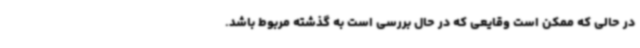
در حالی که ممکن است وقایعی که در حال بررسی است به گذشته مربوط باشد.